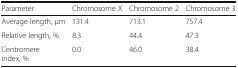
<table><thead><tr><td><b>Parameter</b></td><td><b>Chromosome X</b></td><td><b>Chromosome 2</b></td><td><b>Chromosome 3</b></td></tr></thead><tbody><tr><td>Average length, μm</td><td>131.4</td><td>713.1</td><td>757.4</td></tr><tr><td>Relative length, %</td><td>8.3</td><td>44.4</td><td>47.3</td></tr><tr><td>Centromere index, %</td><td>0.0</td><td>46.0</td><td>38.4</td></tr></tbody></table>